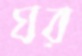
ঘর